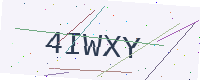
Text: 4IWXY